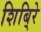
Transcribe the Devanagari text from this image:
शिबि्रे